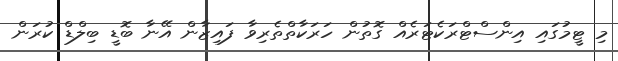
މި ޓީމުގައި އިންސްޓްރަކެޓަރެއް ގޮތުން ހަރަކާތްތެރިވާ ފައިޒާން އޭނާ ބޮޑީ ބިލްޑް ކުރަން